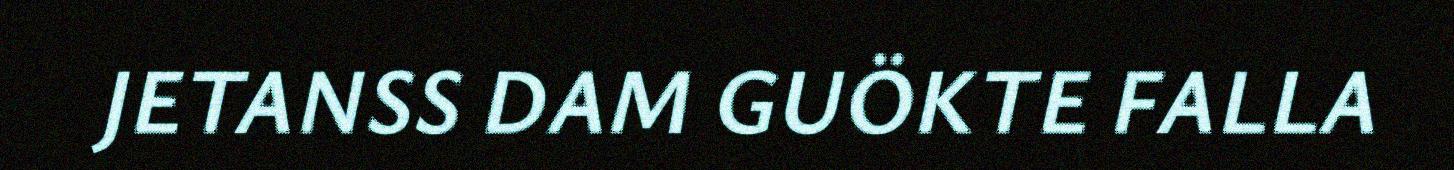
JETANSS DAM GUÖKTE FALLA